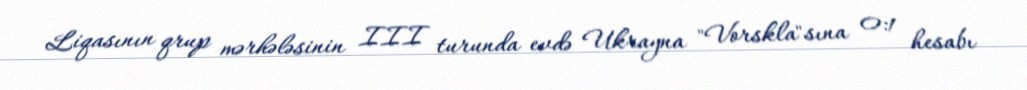
Liqasının qrup mərhələsinin III turunda evdə Ukrayna "Vorskla"sına 0:1 hesabı